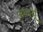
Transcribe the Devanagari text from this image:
अघ्वर्यू